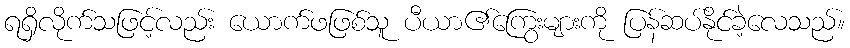
ရရှိလိုက်သဖြင့်လည်း ယောက်ဖဖြစ်သူ ပီယာ၏ကြွေးများကို ပြန်ဆပ်နိုင်ခဲ့လေသည်။